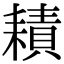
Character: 耫